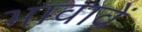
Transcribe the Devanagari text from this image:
भावावें